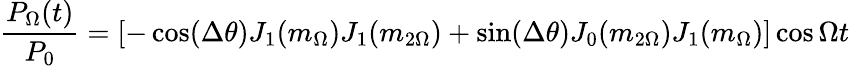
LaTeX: \frac{P_{\Omega}(t)}{P_{0}}=\left[-\cos(\Delta\theta)J_{1}(m_{\Omega})J_{1}(m_{2\Omega})+\sin(\Delta\theta)J_{0}(m_{2\Omega})J_{1}(m_{\Omega})\right]\cos\Omega t